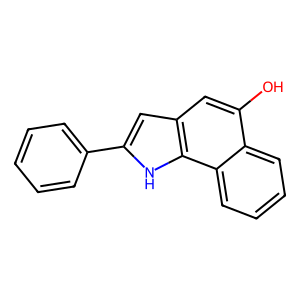
SMILES: Oc1cc2cc(-c3ccccc3)[nH]c2c2ccccc12
Inhibits HIV replication: No